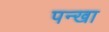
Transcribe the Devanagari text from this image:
पन्खा